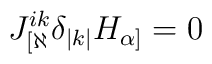
J^{ik}_{[\aleph}  \delta_{|k|} H_{\alpha]} =0